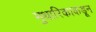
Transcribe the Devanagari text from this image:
मुथारिकाकडून